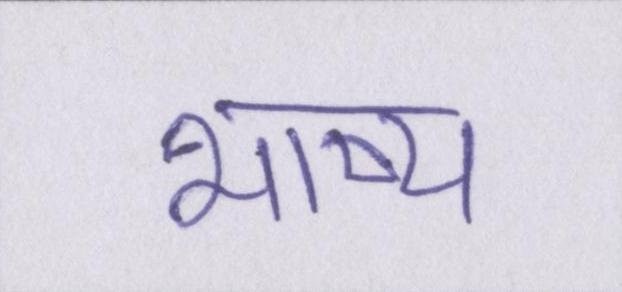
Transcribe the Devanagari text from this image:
भाष्य